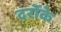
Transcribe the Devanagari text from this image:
दर्रोके